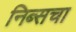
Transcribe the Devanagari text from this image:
निब्सचा